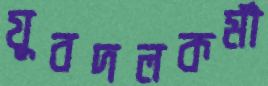
যুবদলকর্মী